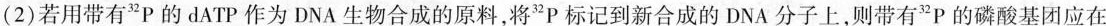
(2)若用带有^{32}P的dATP作为DNA生物合成的原料，将^{32}P标记到新合成的DNA分子上，则带有^{32}P的磷酸基团应在